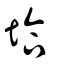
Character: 垥